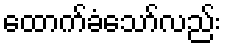
ထောက်ခံသော်လည်း